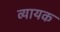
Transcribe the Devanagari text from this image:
व्यायक